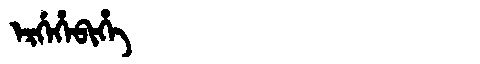
Manchu: ᡝᡵᡤᡝᡥᡝᠪᡳᡥᡝ
Romanization: ERGEHEBIHE